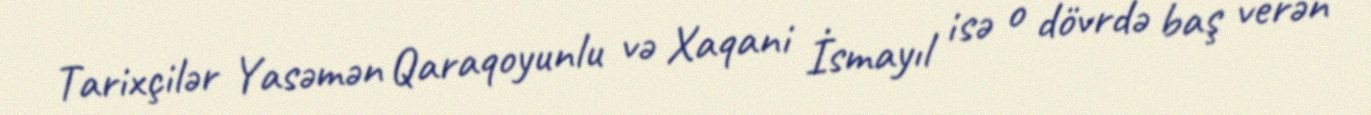
Tarixçilər Yasəmən Qaraqoyunlu və Xaqani İsmayıl isə o dövrdə baş verən